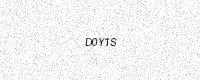
Text: D0Y1S